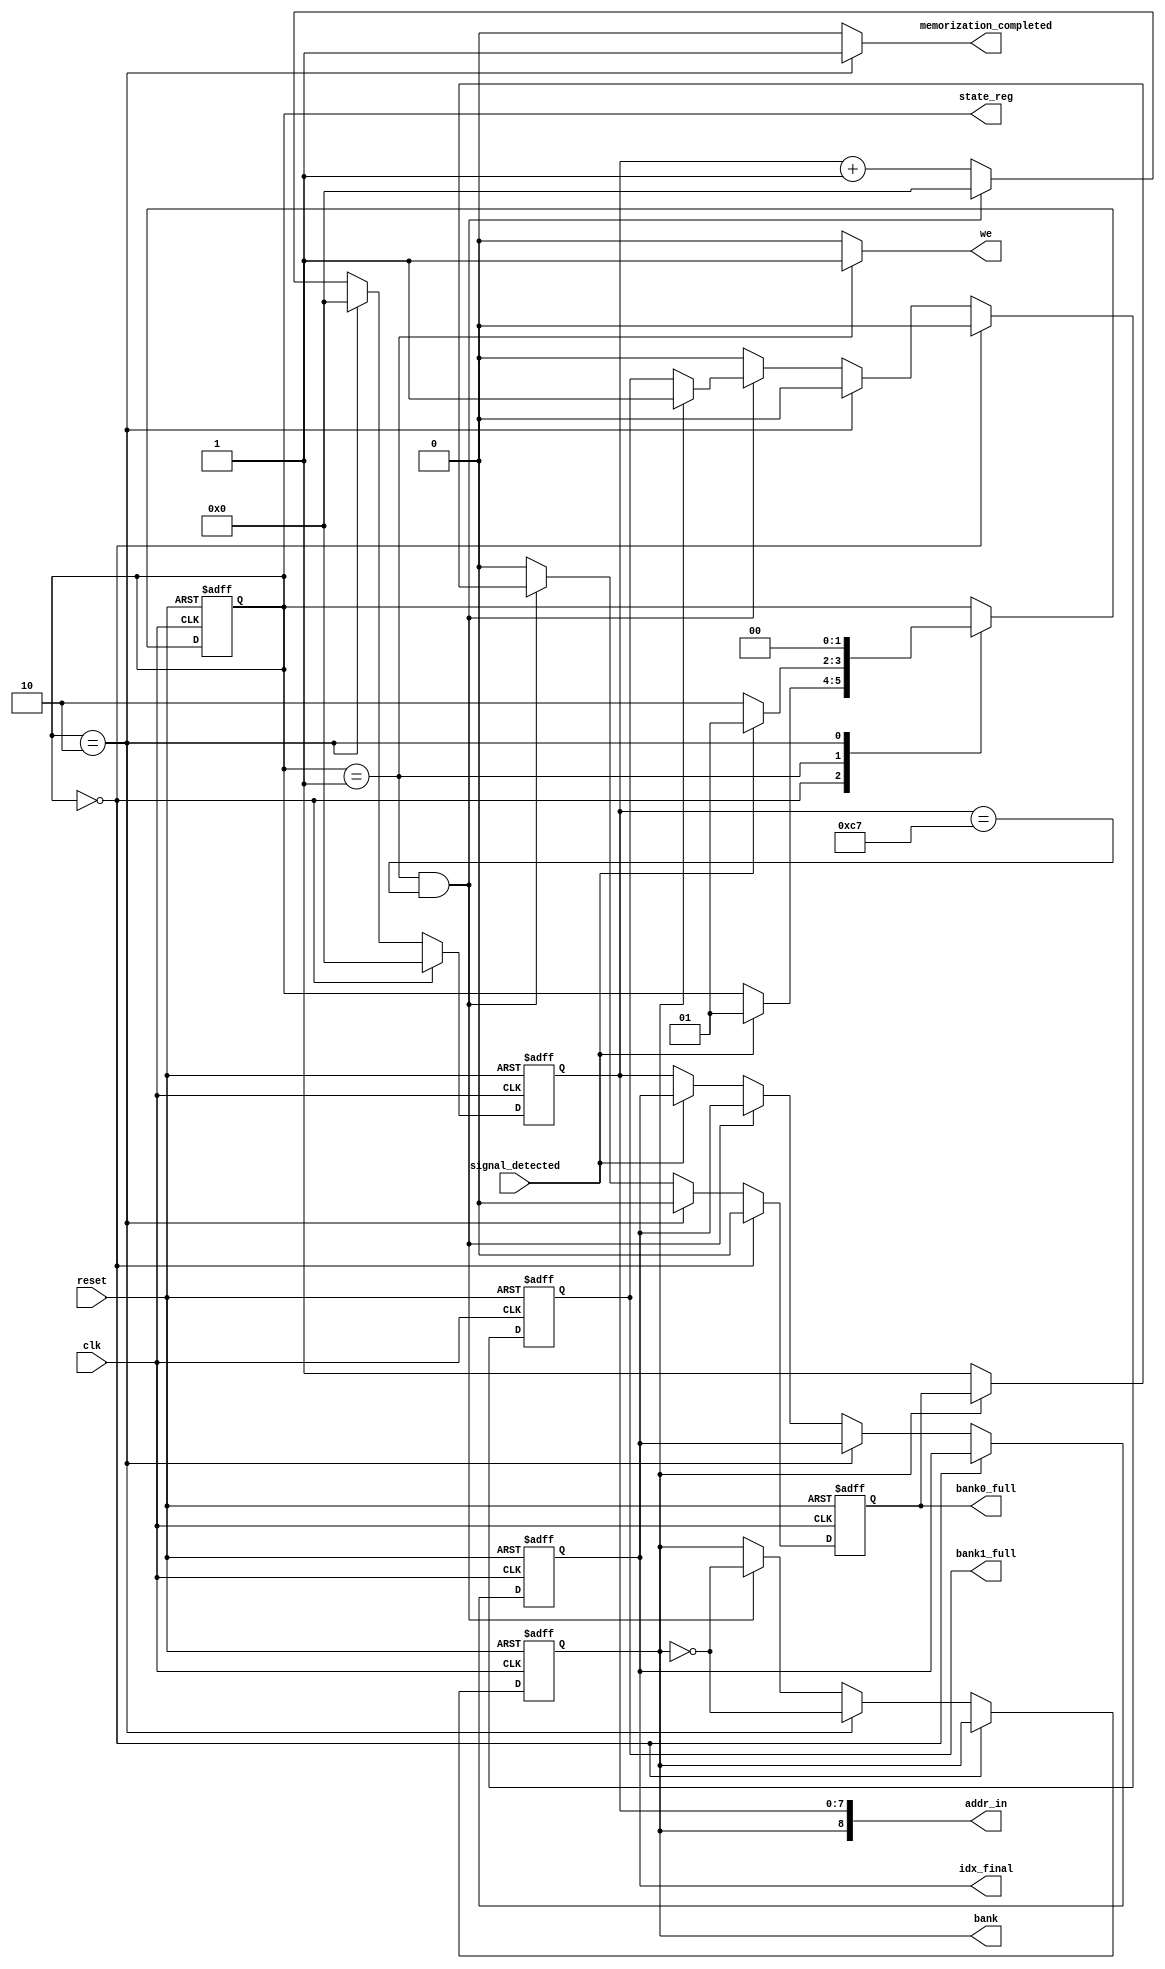
module memory_controller(
    input clk, reset, signal_detected,               
    output reg [7:0] idx_final,
	 output  [8:0] addr_in,
	 output reg [1:0] state_reg,
    output reg we, bank0_full, bank1_full, memorization_completed, bank  
);


  localparam [1:0]
  s0 = 0,
  s1 = 1,
  s2 = 2;

  reg [1:0]  state_next;
  reg [7:0] idx;
 
  assign addr_in[7:0] = idx[7:0];
  assign addr_in[8] = bank;

  // changing state process
always @(posedge clk or posedge reset) begin
	if (reset) begin
		state_reg <= s0;
   end 
	else begin        
        state_reg <=  state_next; 
    end
end

// synchronous outputs
always @(posedge clk or posedge reset) begin
		if(reset) begin
			idx <= 0;
			bank <= 0;
			bank0_full <= 0;
			bank1_full <= 0;
			idx_final <= 0;
			
		end
		else begin
      	if (state_reg == s0) begin 
       		idx <= 0;
				bank0_full <= 0;
				bank1_full <= 0;
      	end  
			else if (state_reg == s2) begin 
       		idx <= 0;
				bank <= ~bank; //changing bank
				bank0_full <= 0;
				bank1_full <= 0;
				
      	end 
			else if(state_reg == s1 && idx == 199) begin //bank full
				idx <= 0;
				bank <= ~bank; //changing bank
				if(bank == 0) begin
					bank0_full <= 1;
				end
				else begin //bank == 1
					bank1_full <= 1;
				end
			end
			else begin //state_reg == s1 && idx != 199
				idx <= idx + 1;
				if(!signal_detected) begin //if no more signal => register idx_final
					idx_final <= idx;
				end
				bank0_full <= 0;
				bank1_full <= 0;
      	end     
		end
end

// combinatory outputs 			
always @(state_reg, signal_detected, idx, bank) begin
	
	//default state_next
	state_next = state_reg;
	//default outputs
	we = 0;
	memorization_completed = 0;
	

        case (state_reg)

            s0 : begin	
		we = 0;
		memorization_completed = 0;   

		if(signal_detected ) begin
				state_next  = s1;
		end
			
		end	

            s1: begin

		we = 1;
		memorization_completed = 0;
		
		
		
		if(!signal_detected) begin //no more signal => stop memorization
			state_next = s2;
		end
		else begin
			state_next = s1;
		end

	     end	                    


            s2: begin 
		memorization_completed = 1;
		we = 0;
		state_next = s0;
	
	     end


        endcase
   
end

endmodule